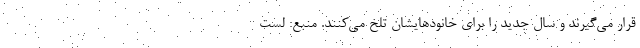
قرار می‌گیرند و سال جدید را برای خانودهایشان تلخ می‌کنند. منبع: لست